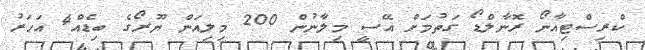
ކްރިސްޓިއާނޯ ރޮނާލްޑޯ ގަތުމަށް އޭސީ މިލާނުން 200 މިލިއަން ޔޫރޯގެ ބިޑެއް4 އަހަރު